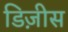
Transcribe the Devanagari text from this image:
डिज़ीस